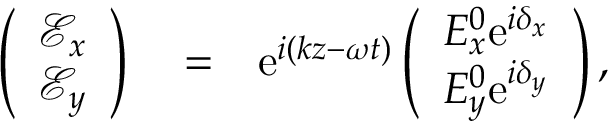
\begin{array} { r l r } { \left( \begin{array} { c } { \mathcal { E } _ { x } } \\ { \mathcal { E } _ { y } } \end{array} \right) } & { { } = } & { \mathrm { e } ^ { i ( k z - \omega t ) } \left( \begin{array} { c } { { E } _ { x } ^ { 0 } \mathrm { e } ^ { i \delta _ { x } } } \\ { { E } _ { y } ^ { 0 } \mathrm { e } ^ { i \delta _ { y } } } \end{array} \right) , } \end{array}